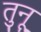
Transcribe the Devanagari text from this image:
तुनू